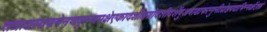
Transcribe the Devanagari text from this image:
तत्राश्वलायनेनचकृष्णपक्षेएकादशीत्रयोदशीदर्शेषुअषाढाफल्गुनीप्रोष्ठपदाभिन्नर्क्षेउक्तं